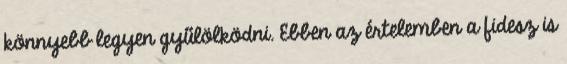
könnyebb legyen gyűlölködni. Ebben az értelemben a fidesz is